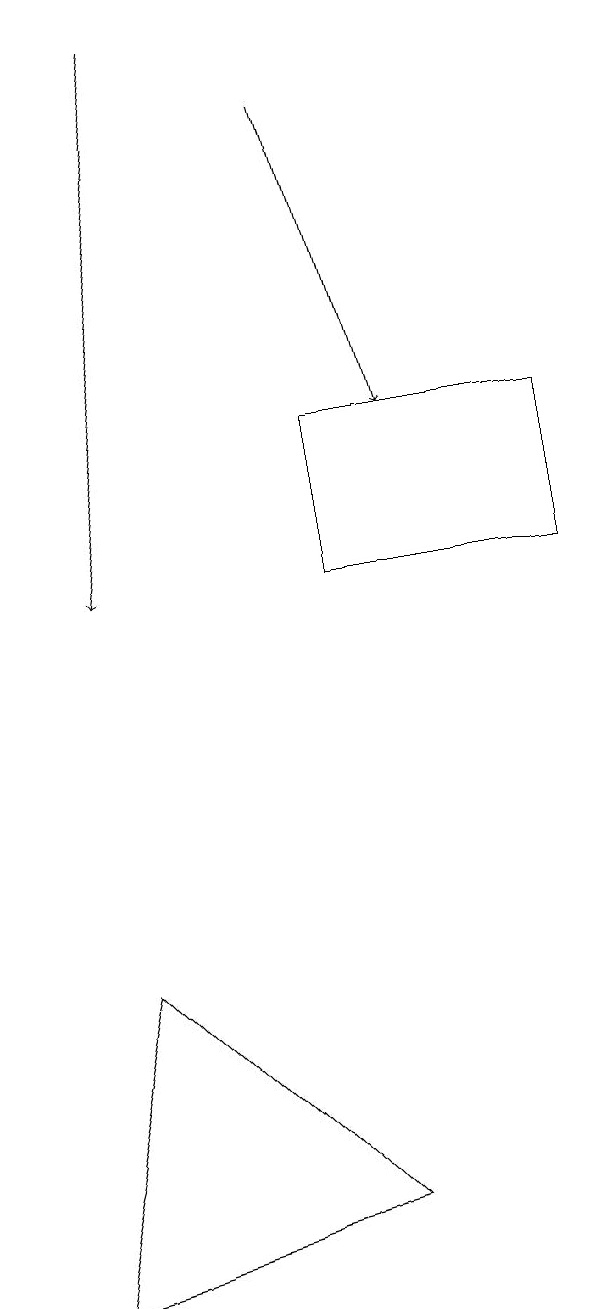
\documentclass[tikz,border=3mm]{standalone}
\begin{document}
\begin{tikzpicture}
\draw[->] (4,18) -- (3,11);
\draw (6,3) -- (3,6) -- (2,2) -- cycle;
\draw (9,11) rectangle (6,13);
\draw[->] (6,17) -- (7,13);
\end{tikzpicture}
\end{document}